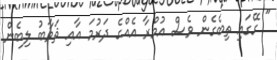
" ގޭގައި ތިބެގެން ވެސް އުމްރާ އެއްގެ ދަރުމަ އާއި ޘަވާބު ލިބެން